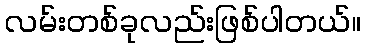
လမ်းတစ်ခုလည်းဖြစ်ပါတယ်။